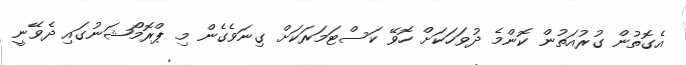
އެގޮތުން ގުރުއަތުން ކޮންމެ ދުވަހަކަށް ހޮވޭ ކަސްޓަމަރަކަށް ގިނަވެގެން މި ޕްރޮމޯޝަނުގައި ދެވޭނީ